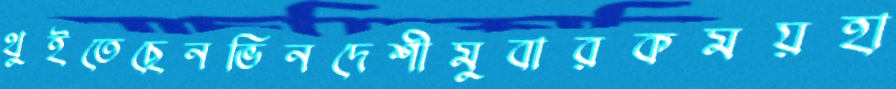
থুইতেছেনভিনদেশীমুবারকময়হা